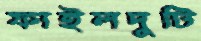
ফাইলদুটি